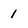
Character: 1